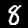
Label: 8